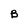
Character: B